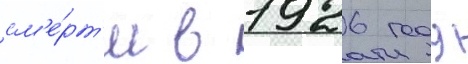
см'е́рт'и в 1926 году